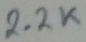
Text: 2.2K